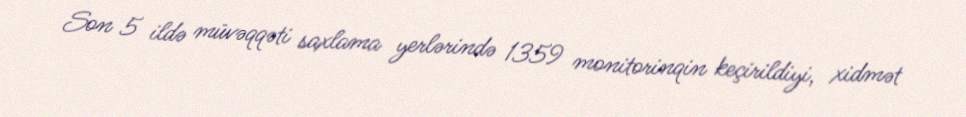
Son 5 ildə müvəqqəti saxlama yerlərində 1359 monitorinqin keçirildiyi, xidmət